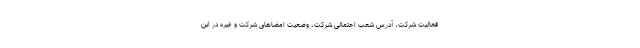
فعالیت شرکت، آدرس شعب احتمالی شرکت، وضعیت امضاهای شرکت و غیره در این